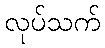
လုပ်သက်